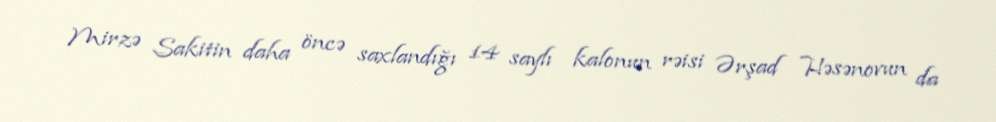
Mirzə Sakitin daha öncə saxlandığı 14 saylı kalonun rəisi Ərşad Həsənovun da